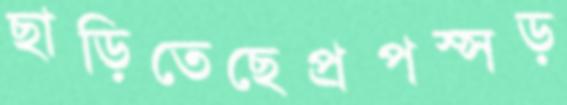
ছাড়িতেছেপ্রপস্সড়